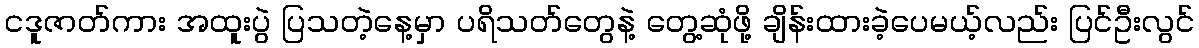
ငဒူဇာတ်ကား အထူးပွဲ ပြသတဲ့နေ့မှာ ပရိသတ်တွေနဲ့ တွေ့ဆုံဖို့ ချိန်းထားခဲ့ပေမယ့်လည်း ပြင်ဦးလွင်